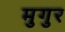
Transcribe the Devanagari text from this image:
मुगुर